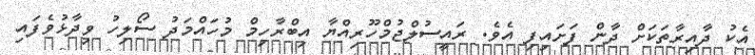
އެކު ދާއިރާތަކަށް ދާން ފަށައިފި އެވެ. ރައީސުލްޖުމްހޫރިއްޔާ އިބްރާހިމް މުހައްމަދު ސޯލިހު ވިދާޅުވެފައި